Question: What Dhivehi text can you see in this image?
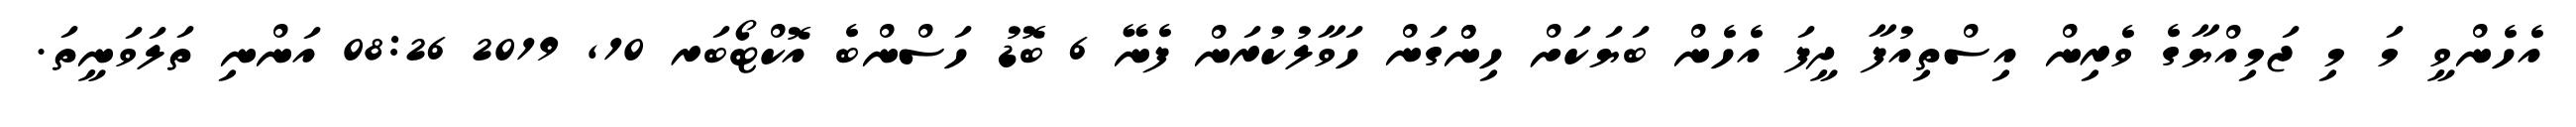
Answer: އެހެންވީ މަ މި ޖަމިއްޔާގެ ވެރިން އިސްތިއުފާ ދީފަ އެހެން ބަޔަކަށް ހިންްގަން ހަވާލުކުރަން ފެނޭ 6 ބޮޑު ހަސްންބެ އޮކްޓޯބަރ 10, 2019 08:26 އަންނި ތަލަވަނީތަ.